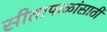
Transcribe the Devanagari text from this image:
सीताफळांसाठी